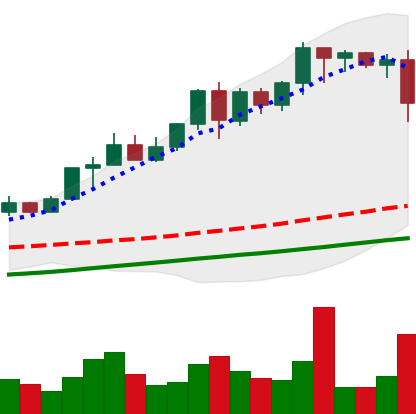
Ticker: XMR-USD
Chart end date: 2020-08-11
Forward return: 4.301%
Label: up_3_5